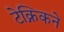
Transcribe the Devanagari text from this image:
टेक्निकने